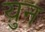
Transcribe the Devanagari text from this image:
य़ुन